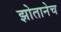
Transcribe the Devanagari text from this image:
झोतानेच